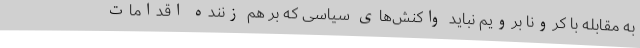
به مقابله با کرونا برویم نباید واکنش‌های سیاسی که بر هم زننده اقدامات